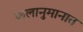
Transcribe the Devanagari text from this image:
फलानुमानात